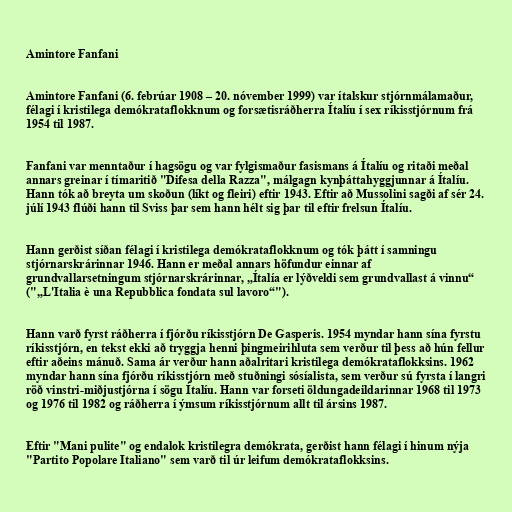
Amintore Fanfani

Amintore Fanfani (6. febrúar 1908 – 20. nóvember 1999) var ítalskur stjórnmálamaður,
félagi í kristilega demókrataflokknum og forsætisráðherra Ítalíu í sex ríkisstjórnum frá
1954 til 1987.

Fanfani var menntaður í hagsögu og var fylgismaður fasismans á Ítalíu og ritaði meðal
annars greinar í tímaritið "Difesa della Razza", málgagn kynþáttahyggjunnar á Ítalíu.
Hann tók að breyta um skoðun (líkt og fleiri) eftir 1943. Eftir að Mussolini sagði af sér 24.
júlí 1943 flúði hann til Sviss þar sem hann hélt sig þar til eftir frelsun Ítalíu.

Hann gerðist síðan félagi í kristilega demókrataflokknum og tók þátt í samningu
stjórnarskrárinnar 1946. Hann er meðal annars höfundur einnar af
grundvallarsetningum stjórnarskrárinnar, „Ítalía er lýðveldi sem grundvallast á vinnu“
("„L'Italia è una Repubblica fondata sul lavoro“").

Hann varð fyrst ráðherra í fjórðu ríkisstjórn De Gasperis. 1954 myndar hann sína fyrstu
ríkisstjórn, en tekst ekki að tryggja henni þingmeirihluta sem verður til þess að hún fellur
eftir aðeins mánuð. Sama ár verður hann aðalritari kristilega demókrataflokksins. 1962
myndar hann sína fjórðu ríkisstjórn með stuðningi sósíalista, sem verður sú fyrsta í langri
röð vinstri-miðjustjórna í sögu Ítalíu. Hann var forseti öldungadeildarinnar 1968 til 1973
og 1976 til 1982 og ráðherra í ýmsum ríkisstjórnum allt til ársins 1987.

Eftir "Mani pulite" og endalok kristilegra demókrata, gerðist hann félagi í hinum nýja
"Partito Popolare Italiano" sem varð til úr leifum demókrataflokksins.